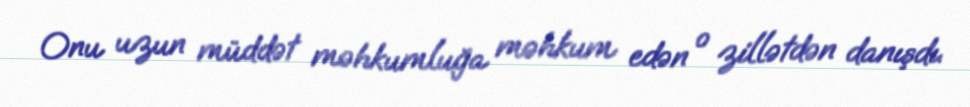
Onu uzun müddət məhkumluğa məhkum edən o zillətdən danışdı.